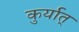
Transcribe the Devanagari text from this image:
कुर्यात्‌